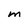
Character: M